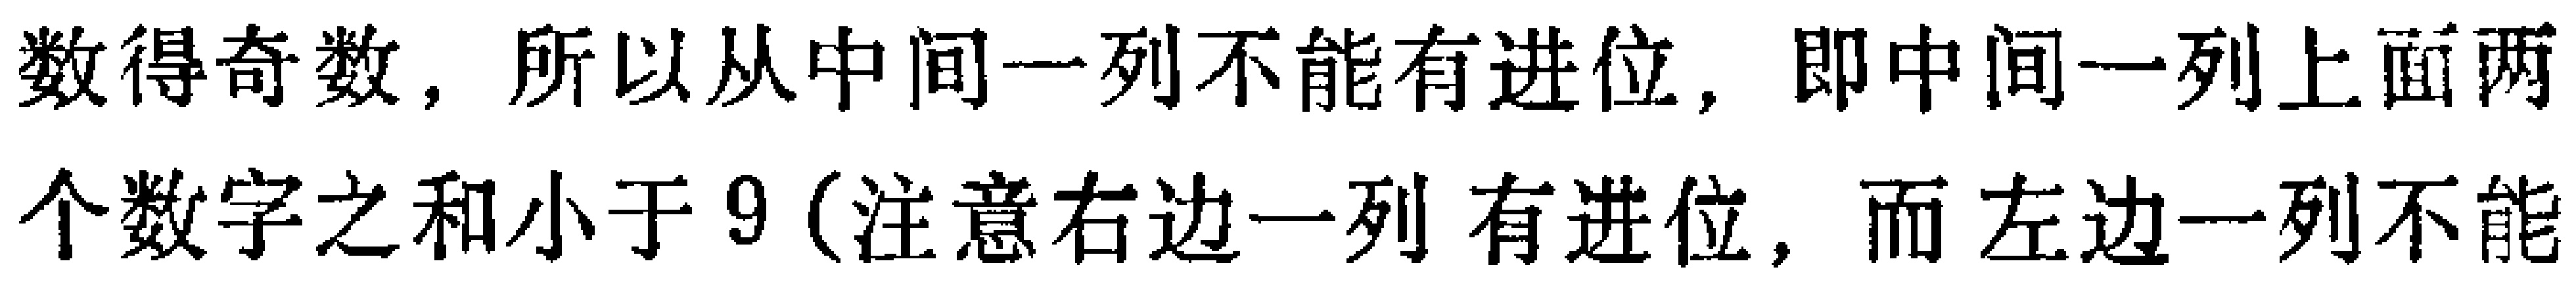
数得奇数，所以从中间一列不能有进位，即中间一列上面两
个数字之和小于 9(注意右边一列有进位，而左边一列不能